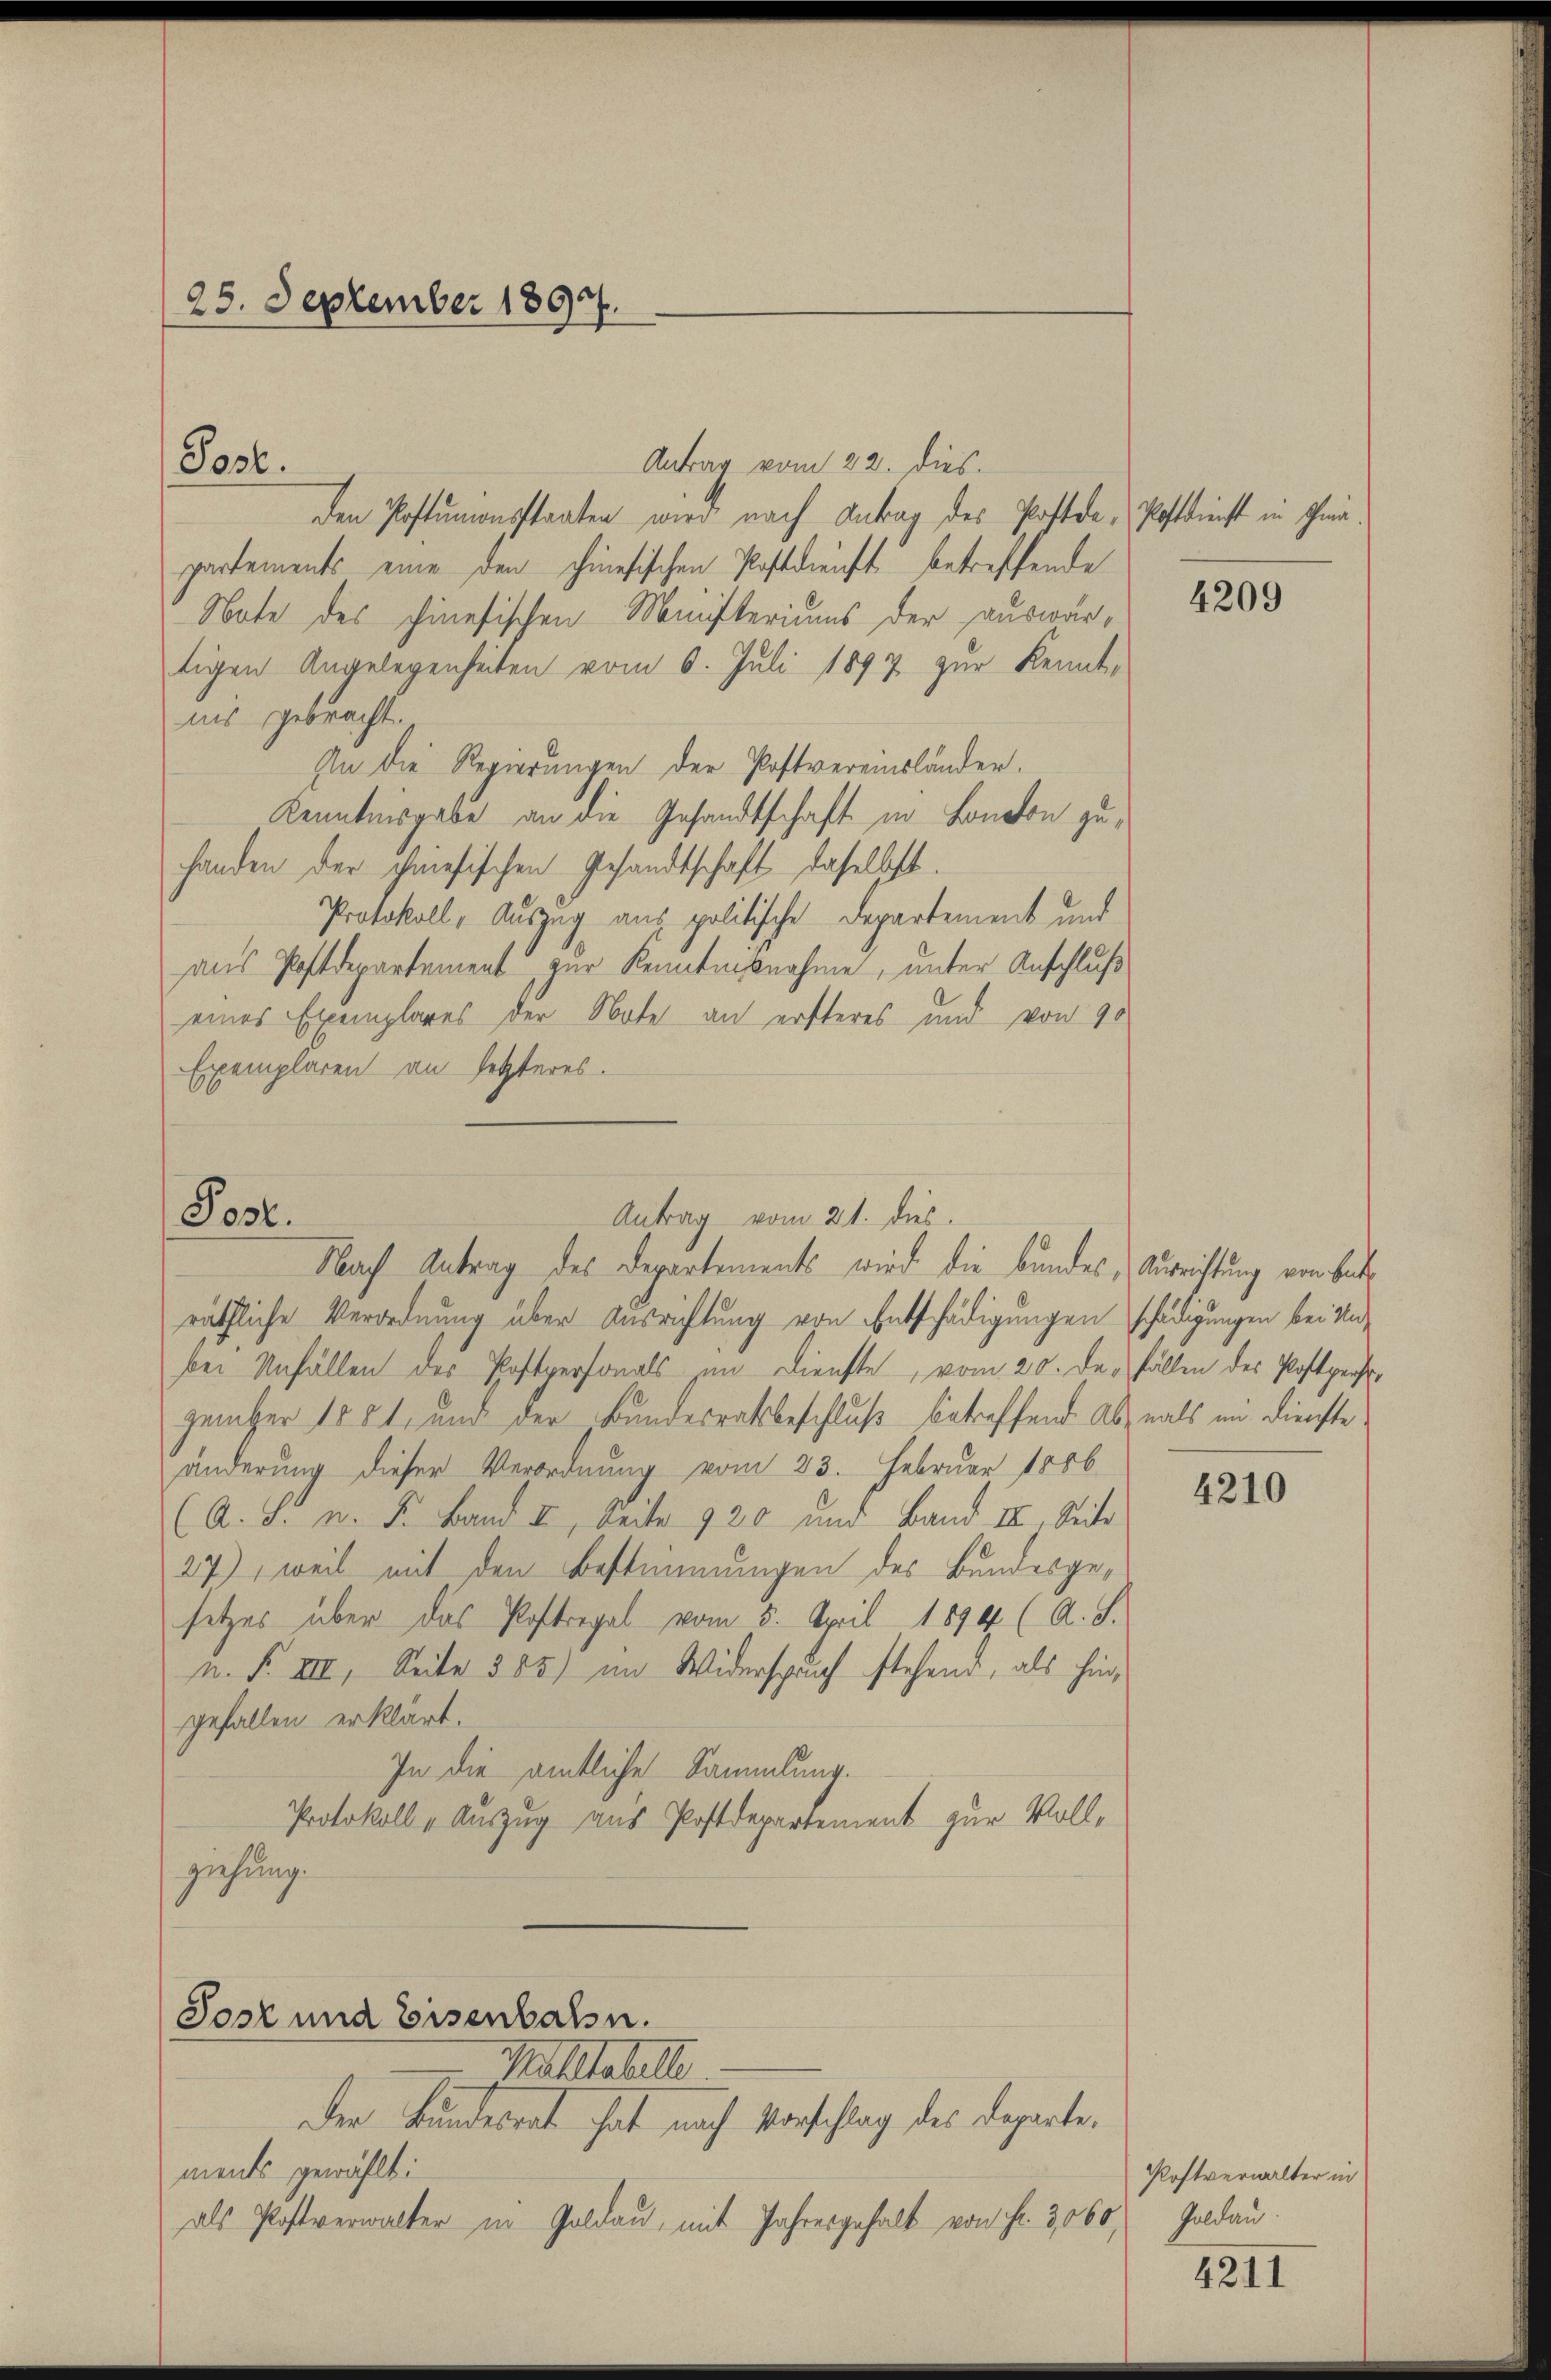
25. September 1897.

Post.

Antrag vom 21. dies.
Post.
Nach Antrag des Departements wird die Bandes, Ausrichtung von Bet

Sosz und Eisenbahn.
Pafstabelle
Der Bundesrat hat nach Vorschlag des Departe

Antrag vom 22. dies
den Postumonsstaaten wird nach Antrag des Postde-Postdienst in Schmiepartements eine den chinesischen Postdienst betreffende
Note des hinesischen Ministeriums der auswärtigen Angelegenheiten vom 6. Juli 1897 zur Kenntnis gebracht.
An die Regierungen der Postvereinsländer.
Kenntnisgabe an die Gesandtschaft in London zuhanden der chriesischen Gesandtschaft daselbst.
Protokoll, Auszug aus politische Departement und
aus Postdepartement zur Kenntnisnahme, unter Anschluß
eines Exemplares der Note an ersteres und von 90
Exemplaren an setzteres.

räthliche Verordnung über Ausrichtung von Entschädigungen schädigungen bei Unbei Unfällen des Postpersonals im Dienste, vom 20. de. Fällen des Postpre
zember 1881, und der Bundesrathsbeschluß betreffend Abznals im Dienste.
änderung dieser Verordnung vom 23. Februar 1886
(A. J. n. F. Band II, Seite 920 und Band III. Seite
27), weil mit den Bestimmungen des Bandesgesetzes über das Postregel vom 5. April 1894 (A. S.
n. F. VIII. Seite 585) im Widerspruch stehend, als hingefallen erklärt.
In die amtliche Sammlung.
Protokoll „Auszug aus Postdepartement zur Vollziehung.

ments gewählt:
als Postverwalter in Goldau, mit Jahresgehalt von Fr. 306.

4209

4210

Postverwalter in
 Goldau.

4211